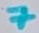
Text: 7